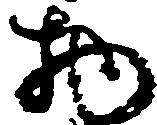
物